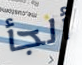
ألجأ